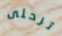
ترحلى